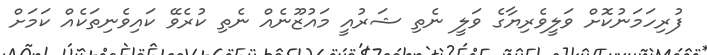
ފުރިހަަމަނުކޮށް ވަލީވެރިޔާގެ ވަލީ ނެތި ޝަރުއީ މައުޒޫނެއް ނެތި ކުރެވޭ ކައިވެނިތަކެއް ކަމަށް